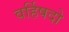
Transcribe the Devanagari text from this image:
वर्हिषदो